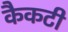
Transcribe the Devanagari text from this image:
कैकटी